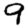
Digit: 9